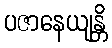
ပဇာနေယျန္တိ